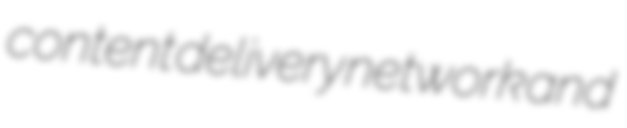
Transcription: content delivery network and